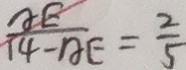
\frac { A E } { 1 4 - B E } = \frac { 2 } { 5 }